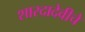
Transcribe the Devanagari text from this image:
शारदादेवीचे